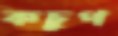
কচুপ